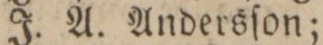
J. A. Andersſon;